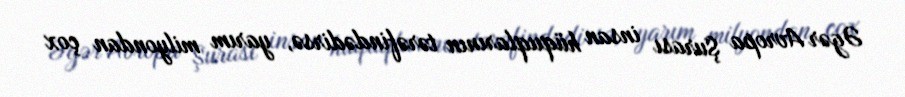
Əgər Avropa Şurası insan hüquqlarının tərəfindədirsə, yarım milyondan çox